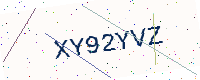
Text: XY92YVZ